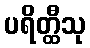
ပရိတ္ထီသု